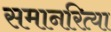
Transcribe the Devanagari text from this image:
समानरित्या